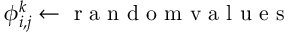
\phi _ { i , j } ^ { k } \leftarrow \mathrm { ~ r ~ a ~ n ~ d ~ o ~ m ~ v ~ a ~ l ~ u ~ e ~ s ~ }